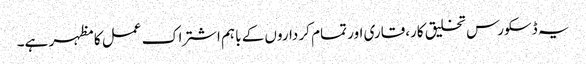
یہ ڈسکورس تخلیق کار،قاری اور تمام کر داروں کے باہم اشتراک عمل کا مظہر ہے۔